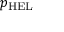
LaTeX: p _ { \mathrm { { H E L } } }